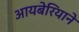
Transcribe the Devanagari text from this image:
आयबेरियाने